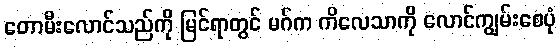
တောမီးလောင်သည်ကို မြင်ရာတွင် မဂ်က ကိလေသာကို လောင်ကျွမ်းစေပုံ